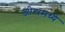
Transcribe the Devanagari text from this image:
जोरामध्ये